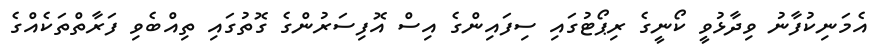
އެމަނިކުފާނު ވިދާޅުވީ ކޯނީގެ ރިޕޯޓުގައި ސިފައިންގެ އިސް އޮފިސަރުންގެ ގޮތުގައި ތިއްބެވި ފަރާތްތަކެއްގެ